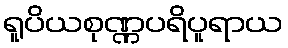
ရူပိယစုဏ္ဏပရိပူရာယ